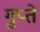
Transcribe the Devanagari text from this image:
गुप्‍ते